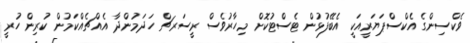
ވެކްސިންގެ އެކްސްޕަޔަރީއަކީ އެބޭފުޅުން ޓެސްޓުކޮށް މިހާރުވެސް ރީސަރޗް ހަދަމުންދާ އެއްޗެއްކަމުން ކުރިން ހުރީ